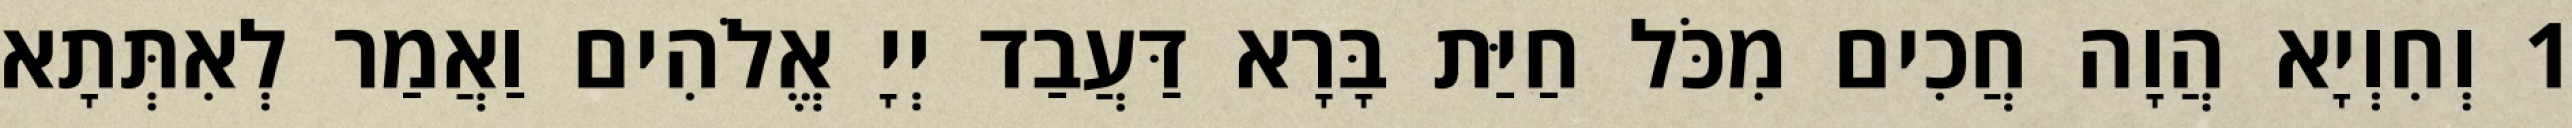
1 וְחִוְיָא הֲוָה חֲכִים מִכֹּל חַיַּת בָּרָא דַּעֲבַד יְיָ אֱלֹהִים וַאֲמַר לְאִתְּתָא